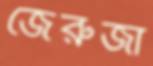
জেরুজা